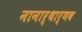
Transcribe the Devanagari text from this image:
नानार्थार्णव